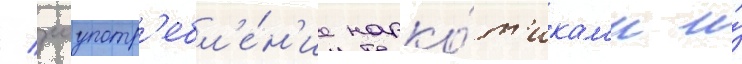
/ злоупотр'ебл'е́н'ие нарко́т'икам'и и́